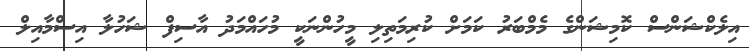
އިލެކްޝަންސް ކޮމިޝަންގެ މެމްބަރު ކަމަށް ކުރިމަތިލި މީހުންނަކީ މުހައްމަދު އާސިފް ޝަހުލާ އިސްމާއިލް